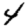
Digit: 4